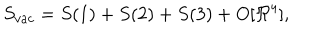
S _ { v a c } = S ( 1 ) + S ( 2 ) + S ( 3 ) + O [ \Re ^ { 4 } ] ,